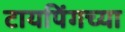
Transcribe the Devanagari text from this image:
टायपिंगच्या